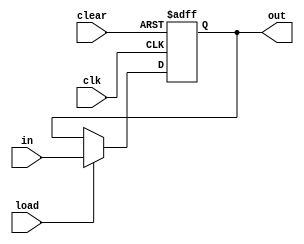
module DFFWithLoad #(parameter WIDTH = 8) (
    input wire clk,
    input wire clear,
    input wire load,
    input wire [WIDTH-1:0] in,
    output reg [WIDTH-1:0] out
);
    always @(posedge clk or posedge clear) begin
        if (clear)
            out <= 0;
        else if (load)
            out <= in;
    end
endmodule